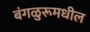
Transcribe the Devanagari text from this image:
बंगळुरूमधील